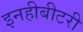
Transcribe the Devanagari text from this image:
इनहीबीटरी